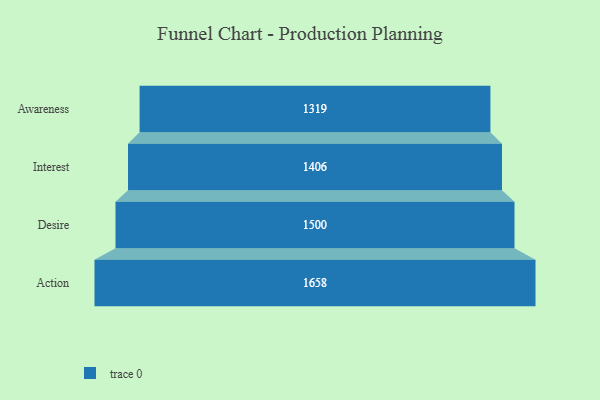
{"axis": {"x": "Stage", "y": "Value"}, "legend": [""], "data": [{"x": "Awareness", "y": 1319.0, "type": ""}, {"x": "Interest", "y": 1406.0, "type": ""}, {"x": "Desire", "y": 1500.0, "type": ""}, {"x": "Action", "y": 1658.0, "type": ""}]}